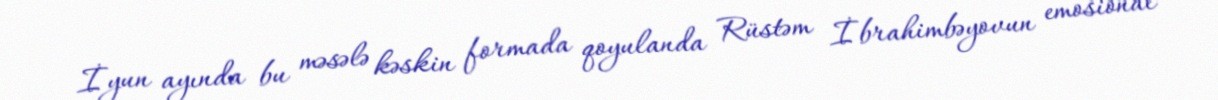
İyun ayında bu məsələ kəskin formada qoyulanda Rüstəm İbrahimbəyovun emosional